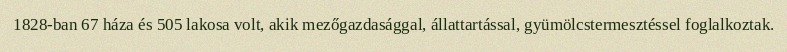
1828-ban 67 háza és 505 lakosa volt, akik mezőgazdasággal, állattartással, gyümölcstermesztéssel foglalkoztak.